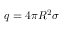
q = 4 \pi R ^ { 2 } \sigma